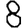
Digit: 8